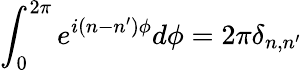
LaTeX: \int_{0}^{2\pi}e^{i(n-n^{\prime})\phi}d\phi=2\pi\delta_{n,n^{\prime}}